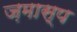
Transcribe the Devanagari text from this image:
ज़मास्प